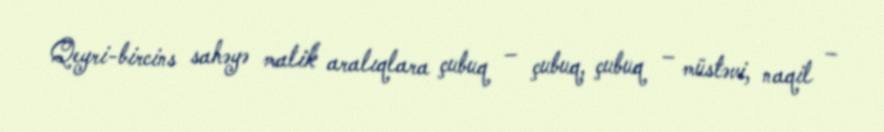
Qeyri-bircins sahəyə malik aralıqlara çubuq – çubuq, çubuq – müstəvi, naqil –